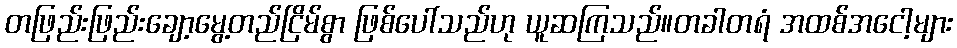
တဖြည်းဖြည်းချော့မွေ့တည်ငြိမ်စွာ ဖြစ်ပေါ်သည်ဟု ယူဆကြသည်။တခါတရံ အထစ်အငေါ့များ